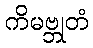
ကိမဗ္ဘုတံ